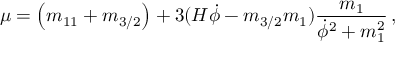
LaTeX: \mu = \left( m _ { 1 1 } + m _ { 3 / 2 } \right) + 3 ( H \dot { \phi } - m _ { 3 / 2 } m _ { 1 } ) \frac { m _ { 1 } } { \dot { \phi } ^ { 2 } + m _ { 1 } ^ { 2 } } \, ,